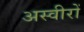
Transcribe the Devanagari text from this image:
अस्वीरों